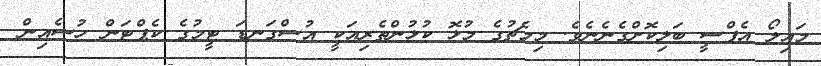
މައިލޯ އެފްސީ ބަލިކޮށްގެނެނެވެ. މިމެޗުގެ މުޅޮ ކުޅުންތެރިއަކީ އުސްގަނޑަ ޓީމުގެ ކެޕްޓަން ހުސެއިން